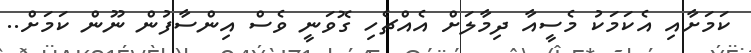
ކަމަށާއި އެކަމަކު މެސީއާ ދިމާލަށް އެއްޗެހި ގޮވަނީ ވެސް އިންސާފުން ނޫން ކަމަށް..